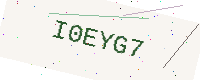
Text: I0EYG7